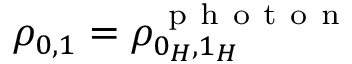
\rho _ { 0 , 1 } = \rho _ { 0 _ { H } , 1 _ { H } } ^ { \mathrm { ~ p ~ h ~ o ~ t ~ o ~ n ~ } }